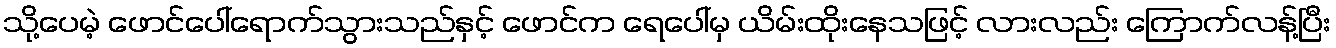
သို့ပေမဲ့ ဖောင်ပေါ်ရောက်သွားသည်နှင့် ဖောင်က ရေပေါ်မှ ယိမ်းထိုးနေသဖြင့် လားလည်း ကြောက်လန့်ပြီး